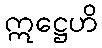
ဣဋ္ဌေဟိ